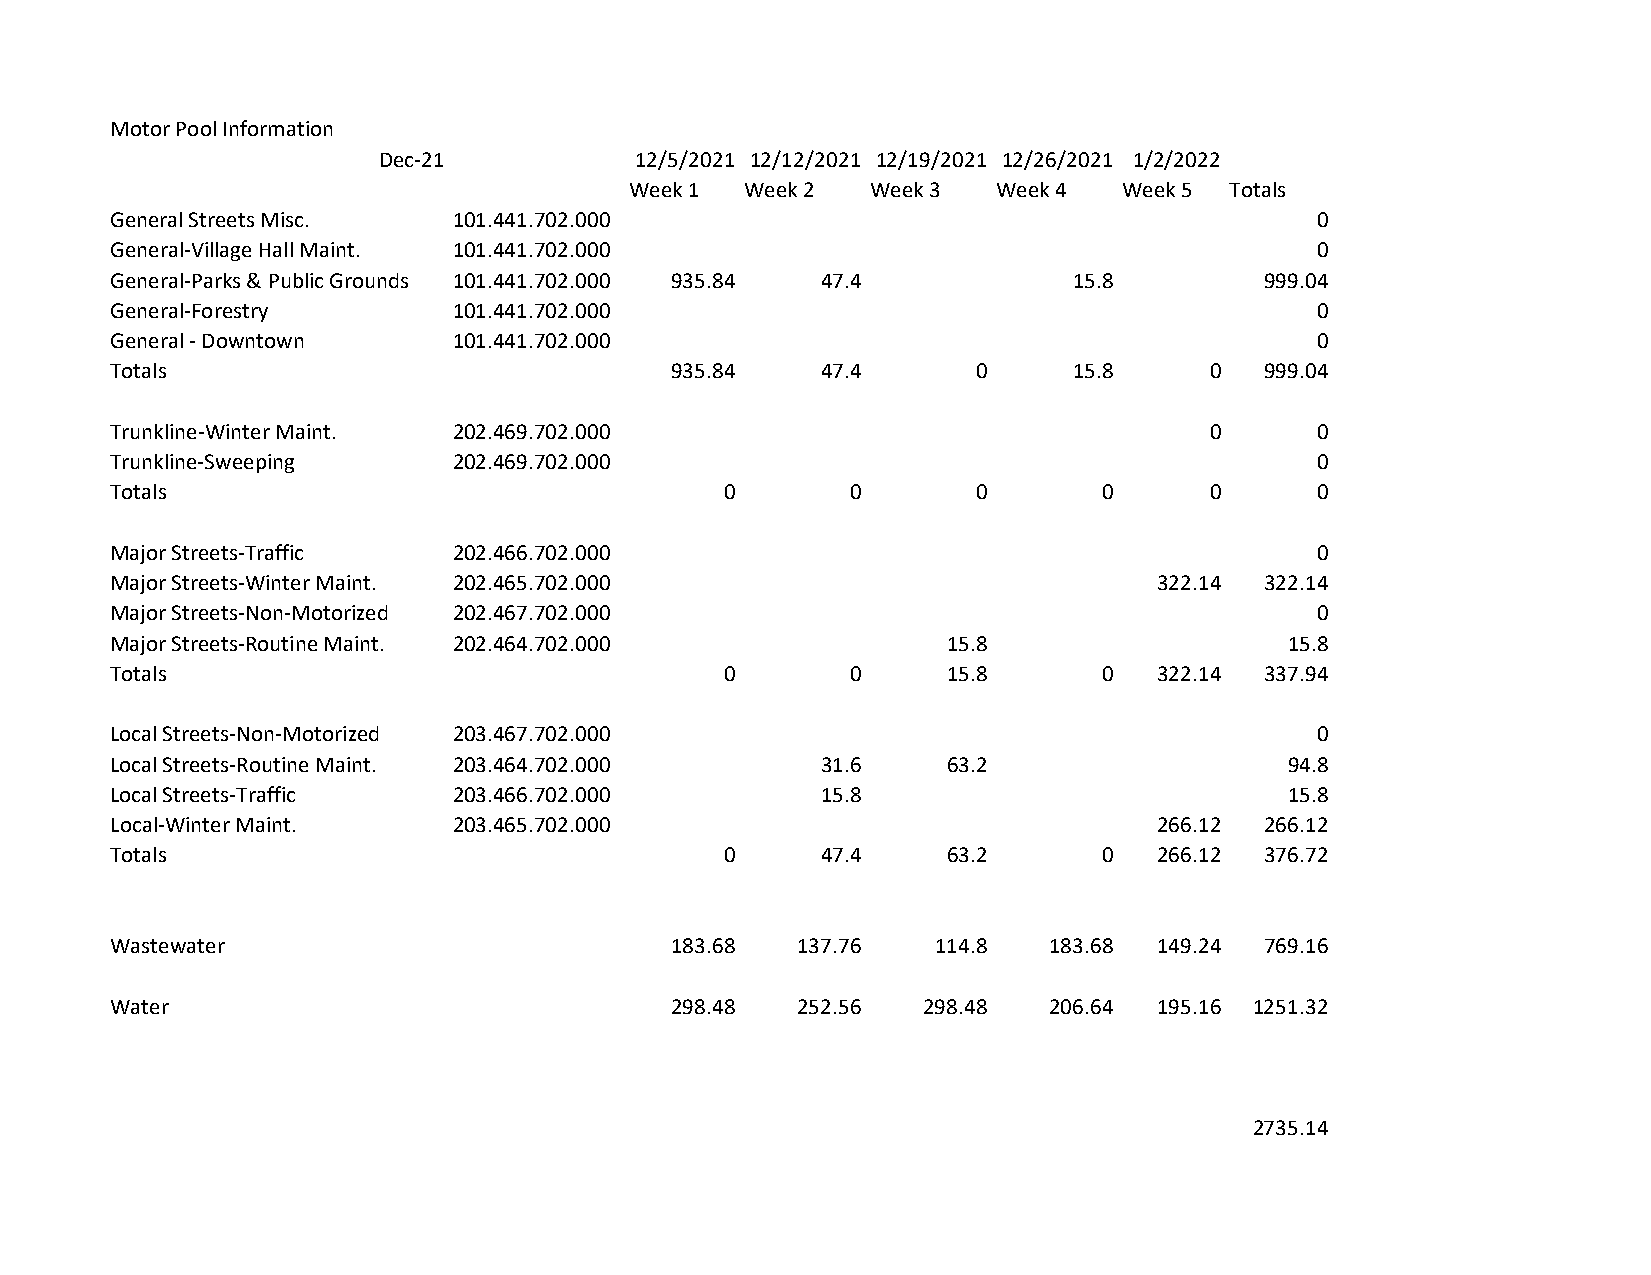
Motor Pool Information
 Dec-21           12/5/2021 12/12/2021 12/19/2021 12/26/2021 1/2/2022
 Week 1 Week 2   Week 3  Week 4  Week 5 Totals
 General Streets Misc.  101.441.702.000                                          0
 General-Village Hall Maint. 101.441.702.000                                     0
 General-Parks & Public Grounds 101.441.702.000 935.84 47.4      15.8         999.04
 General-Forestry       101.441.702.000                                          0
 General - Downtown     101.441.702.000                                          0
 Totals                               935.84    47.4       0     15.8     0   999.04
 Trunkline-Winter Maint. 202.469.702.000                                  0      0
 Trunkline-Sweeping     202.469.702.000                                          0
 Totals                                   0       0        0       0      0      0
 Major Streets-Traffic  202.466.702.000                                          0
 Major Streets-Winter Maint. 202.465.702.000                           322.14 322.14
 Major Streets-Non-Motorized 202.467.702.000                                     0
 Major Streets-Routine Maint. 202.464.702.000            15.8                  15.8
 Totals                                   0       0      15.8      0   322.14 337.94
 Local Streets-Non-Motorized 203.467.702.000                                     0
 Local Streets-Routine Maint. 203.464.702.000   31.6     63.2                  94.8
 Local Streets-Traffic  203.466.702.000         15.8                           15.8
 Local-Winter Maint.    203.465.702.000                                266.12 266.12
 Totals                                   0     47.4     63.2      0   266.12 376.72
 Wastewater                           183.68   137.76   114.8  183.68  149.24 769.16
 Water                                298.48   252.56  298.48  206.64  195.16 1251.32
 2735.14